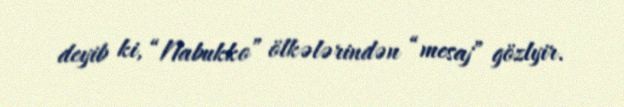
deyib ki, “Nabukko” ölkələrindən “mesaj” gözlyir.